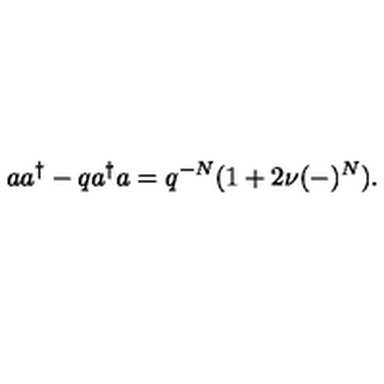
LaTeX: a a ^ { \dagger } - q a ^ { \dagger } a = q ^ { - N } ( 1 + 2 \nu ( - ) ^ { N } ) .